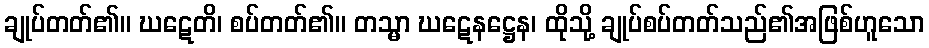
ချုပ်တတ်၏။ ဃဋေတိ၊ စပ်တတ်၏။ တသ္မာ ဃဋေနဋ္ဌေန၊ ထိုသို့ ချုပ်စပ်တတ်သည်၏အဖြစ်ဟူသော